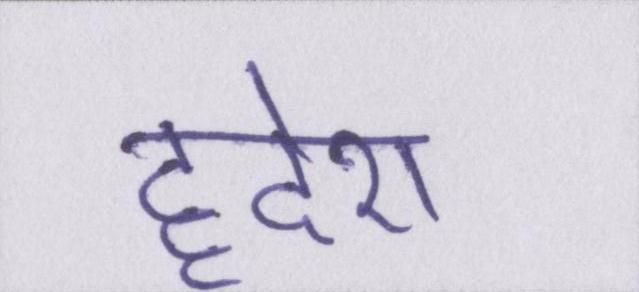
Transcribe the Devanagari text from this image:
हृदेश